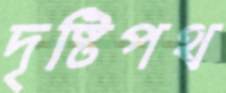
দৃষ্টিপথ